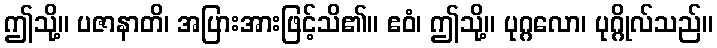
ဤသို့။ ပဇာနာတိ၊ အပြားအားဖြင့်သိ၏။ ဧဝံ၊ ဤသို့။ ပုဂ္ဂလော၊ ပုဂ္ဂိုလ်သည်။